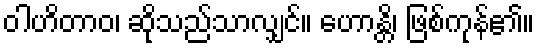
ဝါဟိတာဝ၊ ဆိုသည်သာလျှင်။ ဟောန္တိ၊ ဖြစ်ကုန်၏။